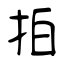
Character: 拍